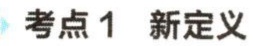
考点1 新定义